Vabadussoja_Ajaloo_Komitee, lk 25
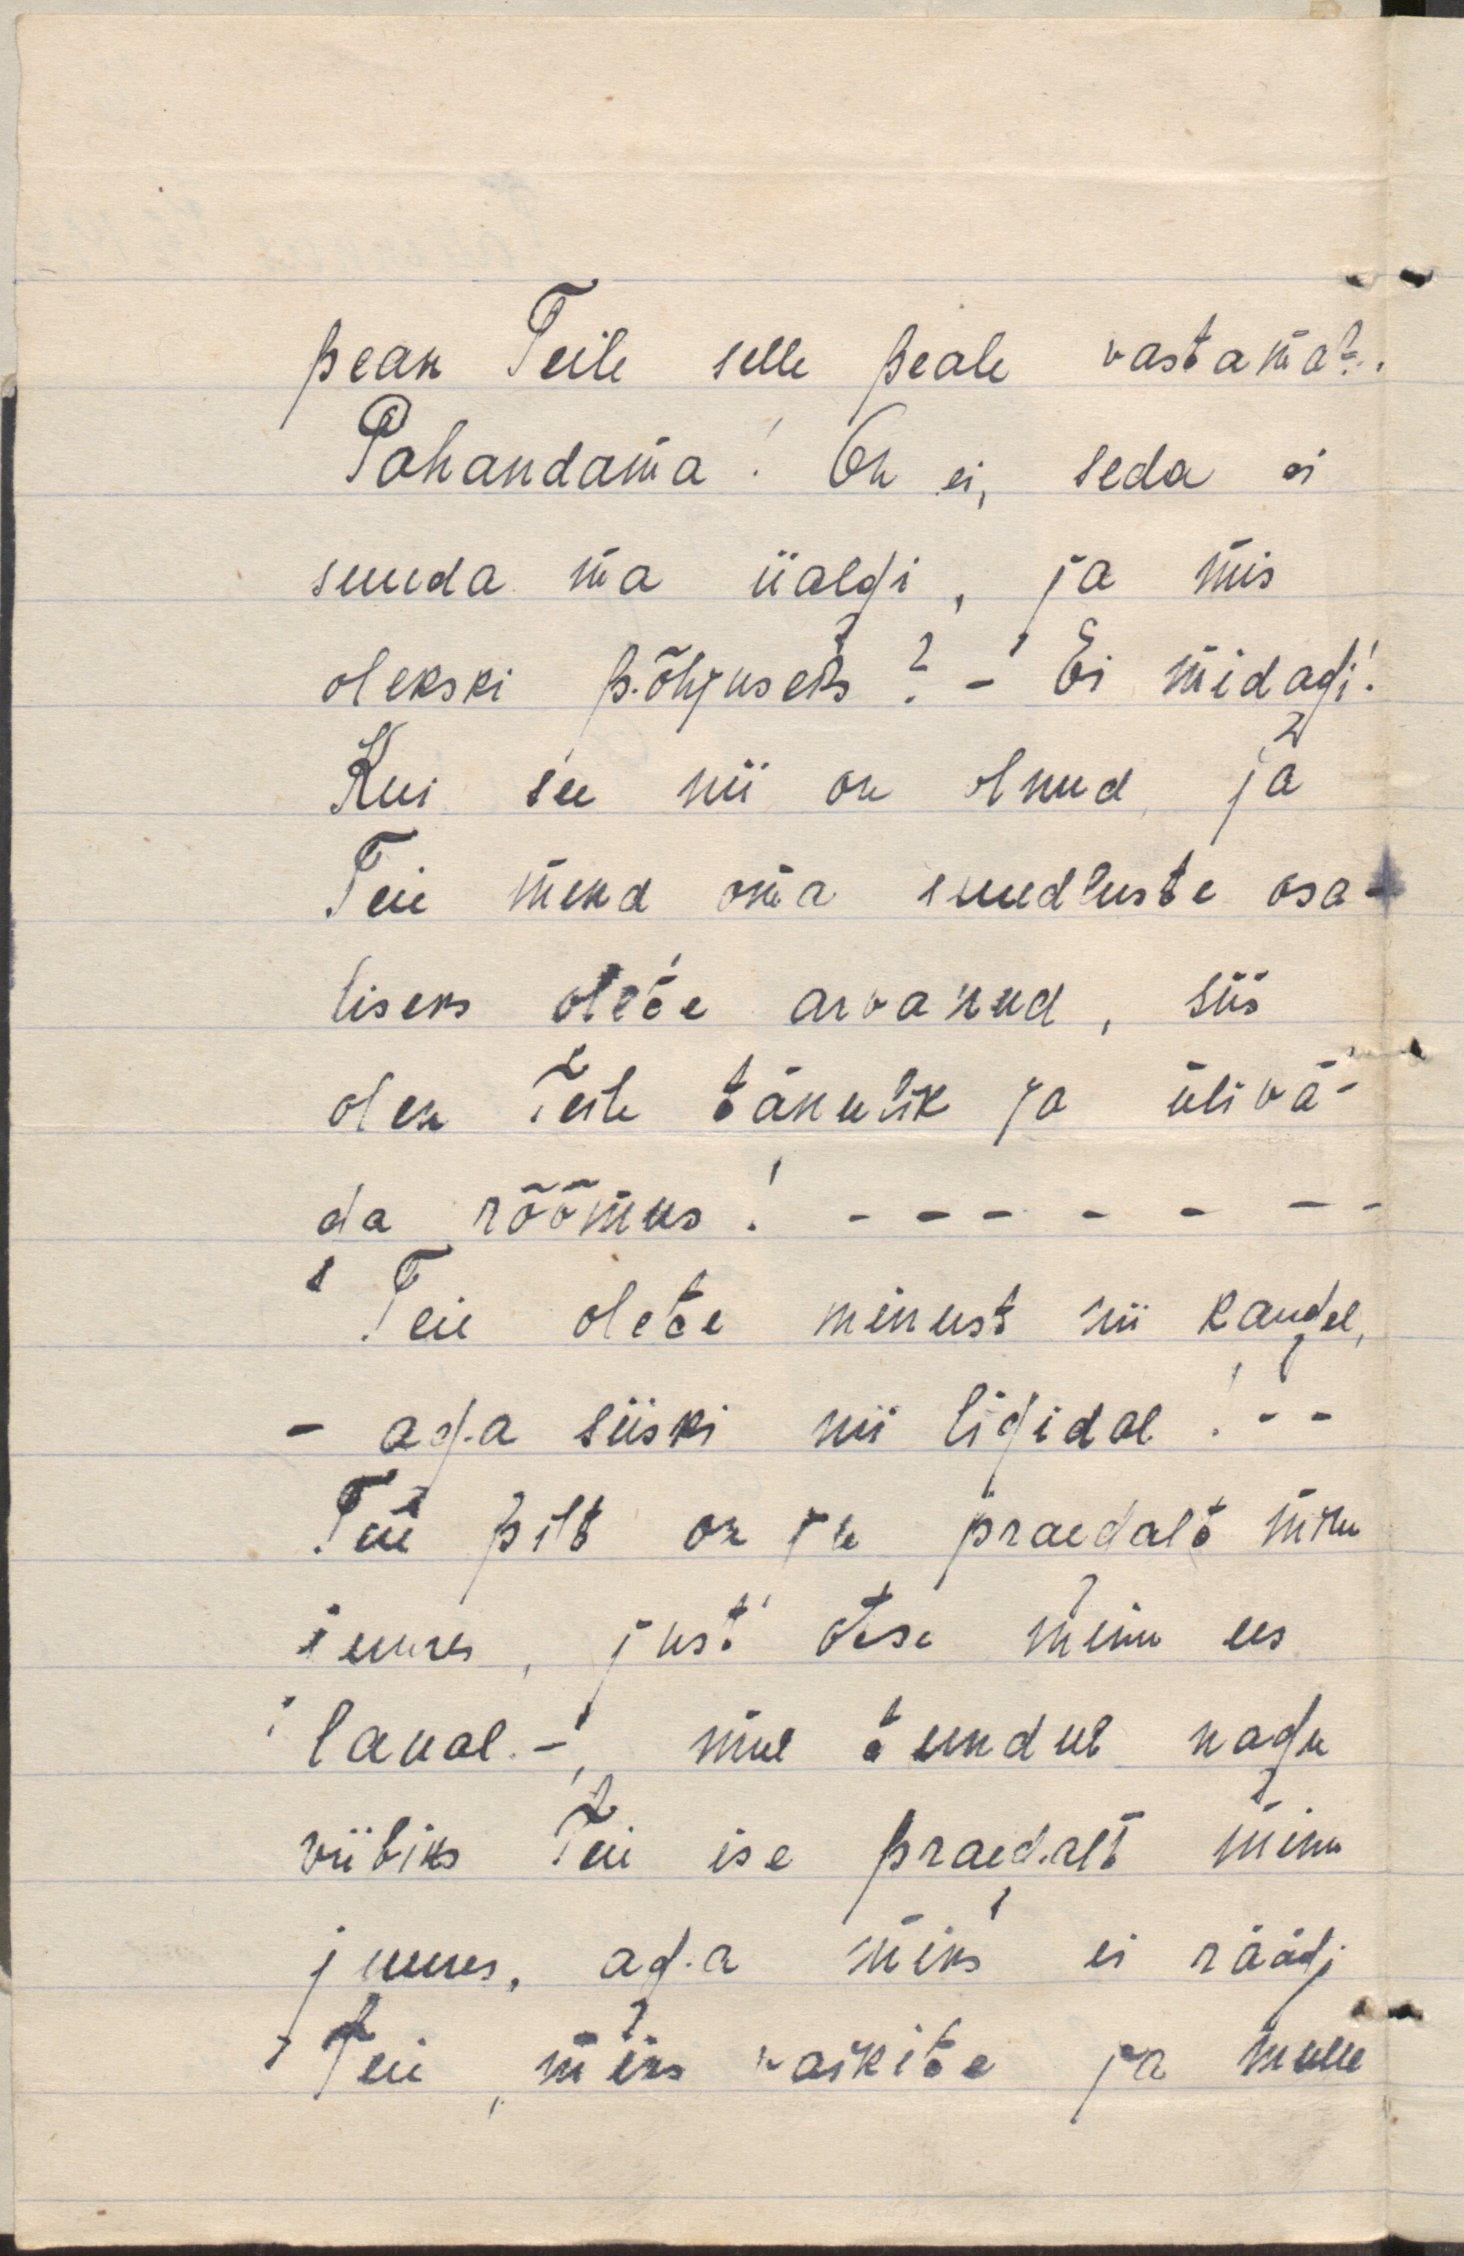
pean Teile selle peale vastama?.
Pahandama! Oh ei, seda ei
suuda ma iialgi, ja mis
olekski põhjuseks? - Ei midagi!
Kui see nii on olnud ja
Teie mind oma suudluste osa-
liseks olete arvanud, siis
olen Teile tänulik ja ülivä-
ga rõõmus! - - - - - - -
Teie olete minust nii kaugel,
- aga siiski nii ligidal! - -
Teie pilt on ju praegalt minu
juures, just otse minu ees
laual. -, mul tundub nagu
viibiks Teie ise praegalt minu
juures, aga miks ei räägi
Teie, miks vaikite ja mulle